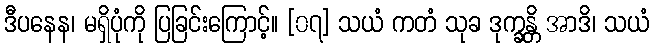
ဒီပနေန၊ မရှိပုံကို ပြခြင်းကြောင့်။ [၀၇] သယံ ကတံ သုခ ဒုက္ခန္တိ အာဒိ၊ သယံ